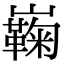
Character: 巈